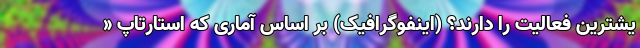
یشترین فعالیت را دارند؟ (اینفوگرافیک) بر اساس آماری که استارتاپ «